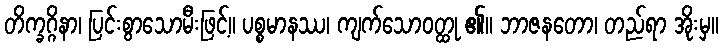
တိက္ခဂ္ဂိနာ၊ ပြင်းစွာသောမီးဖြင့်။ ပစ္စမာနဿ၊ ကျက်သောဝတ္ထု ၏။ ဘာဇနတော၊ တည်ရာ အိုးမှ။